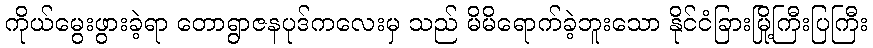
ကိုယ်မွေးဖွားခဲ့ရာ တောရွာဇနပုဒ်ကလေးမှ သည် မိမိရောက်ခဲ့ဘူးသော နိုင်ငံခြားမြို့ကြီးပြကြီး